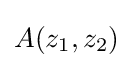
A(z_{1},z_{2})